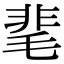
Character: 靟